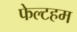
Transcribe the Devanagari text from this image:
फेल्टहम